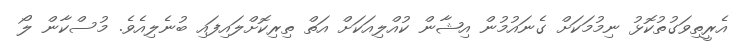
އެރީތިވަގުތުކޮޅު ނިމުމަކަށް ގެނައުމުން އިޝާން ކުއްލިއަކަށް އަތް ތިރިކޮށްލައިފައި ބުނެލިއެވެ. މުސްކާން ލޯ